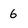
Character: 6